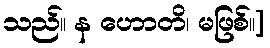
သည်။ န ဟောတိ၊ မဖြစ်။]